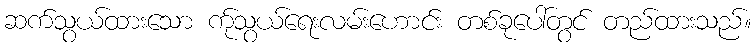
ဆက်သွယ်ထားသော ကု်သွယ်ရေးလမ်းဟောင်း တစ်ခုပေါ်တွင် တည်ထားသည်။